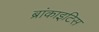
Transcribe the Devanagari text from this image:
ब्रांकाइटिस